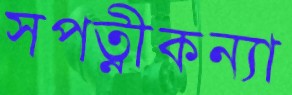
সপত্নীকন্যা